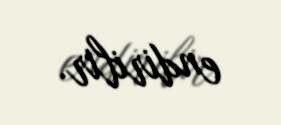
endirilir.